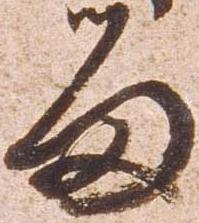
留